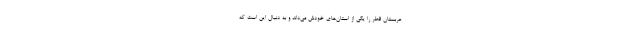
عربستان قطر را یکی از استان‌های خودش می‌داند و به دنبال این است که